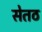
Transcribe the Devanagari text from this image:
सेतठ